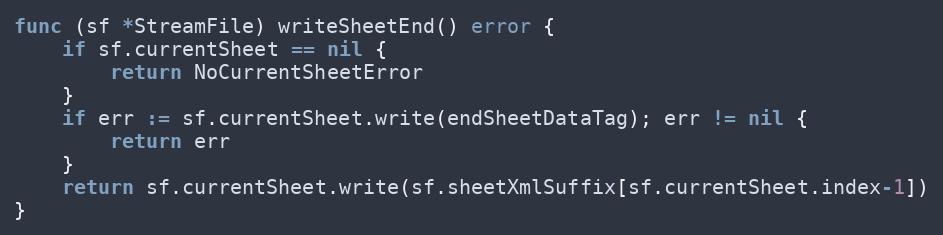
Language: Go
func (sf *StreamFile) writeSheetEnd() error {
	if sf.currentSheet == nil {
		return NoCurrentSheetError
	}
	if err := sf.currentSheet.write(endSheetDataTag); err != nil {
		return err
	}
	return sf.currentSheet.write(sf.sheetXmlSuffix[sf.currentSheet.index-1])
}